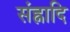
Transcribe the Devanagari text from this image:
संह्नादि